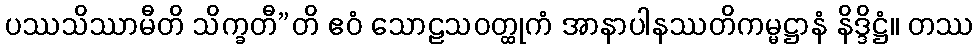
ပဿသိဿာမီတိ သိက္ခတီ”တိ ဧဝံ သောဠသဝတ္ထုကံ အာနာပါနဿတိကမ္မဋ္ဌာနံ နိဒ္ဒိဋ္ဌံ။ တဿ